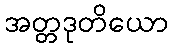
အတ္တဒုတိယော